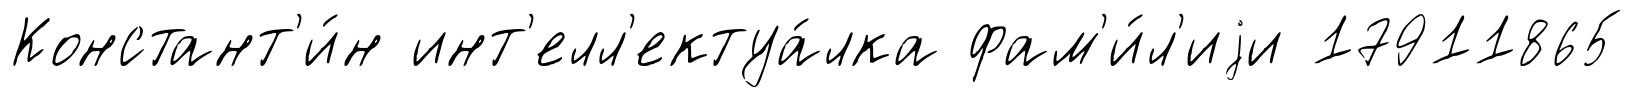
Констант'и́н инт'елл'ектуа́лка фам'и́л'иjи 17911865